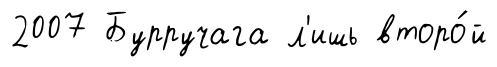
2007 Бурручага л'ишь второ́й